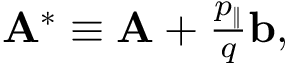
\begin{array} { r } { { \bf A } ^ { * } \equiv { \bf A } + \frac { p _ { \| } } { q } { \bf b } , } \end{array}